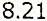
8.21